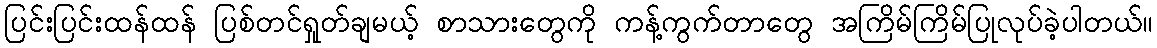
ပြင်းပြင်းထန်ထန် ပြစ်တင်ရှုတ်ချမယ့် စာသားတွေကို ကန့်ကွက်တာတွေ အကြိမ်ကြိမ်ပြုလုပ်ခဲ့ပါတယ်။